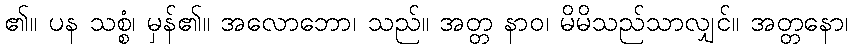
၏။ ပန သစ္စံ၊ မှန်၏။ အလောဘော၊ သည်။ အတ္တ နာဝ၊ မိမိသည်သာလျှင်။ အတ္တနော၊